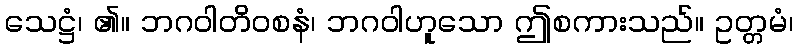
သေဋ္ဌံ၊ ၏။ ဘဂဝါတိဝစနံ၊ ဘဂဝါဟူသော ဤစကားသည်။ ဥတ္တမံ၊